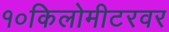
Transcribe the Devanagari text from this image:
१०किलोमीटरवर